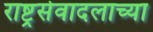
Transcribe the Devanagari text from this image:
राष्ट्रसेवादलाच्या